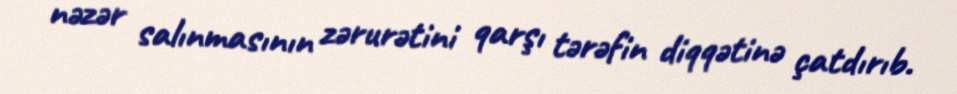
nəzər salınmasının zərurətini qarşı tərəfin diqqətinə çatdırıb.